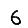
Digit: 6